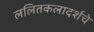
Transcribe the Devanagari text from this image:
ललितकलादर्शचे